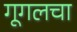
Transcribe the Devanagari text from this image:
गूगलचा